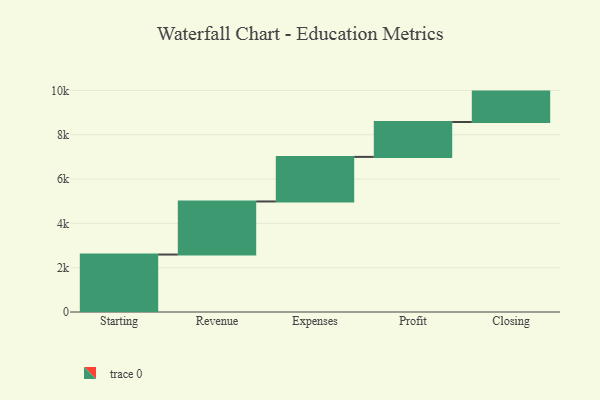
{"axis": {"x": "Step", "y": "Value"}, "legend": [""], "data": [{"x": "Starting", "y": 2594.0, "type": ""}, {"x": "Revenue", "y": 2396.0, "type": ""}, {"x": "Expenses", "y": 2012.0, "type": ""}, {"x": "Profit", "y": 1574.0, "type": ""}, {"x": "Closing", "y": 1373.0, "type": ""}]}